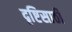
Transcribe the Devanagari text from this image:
दृष्टिसाठी